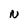
Character: N